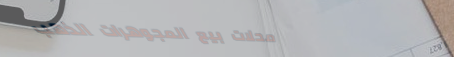
محلات بيع المجوهرات الذهب